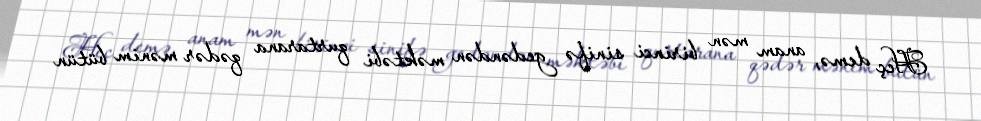
Heç demə, anam mən birinci sinifə gedəndən məktəbi qurtarana qədər mənim bütün